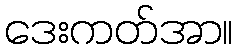
ဒေးကတ်အာ။